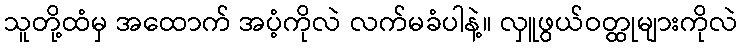
သူတို့ထံမှ အထောက် အပံ့ကိုလဲ လက်မခံပါနဲ့။ လှူဖွယ်ဝတ္ထုများကိုလဲ